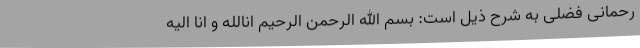
رحمانی فضلی به شرح ذیل است: بسم الله الرحمن الرحیم انالله و انا الیه